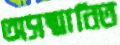
অসম্মানিত